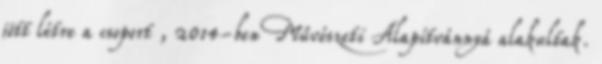
jött létre a csoport , 2014-ben Művészeti Alapítvánnyá alakultak.